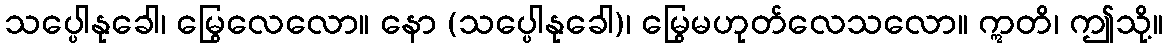
သပ္ပေါနုခေါ၊ မြွေလေလော။ နော (သပ္ပေါနုခေါ)၊ မြွေမဟုတ်လေသလော။ ဣတိ၊ ဤသို့။